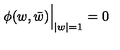
\phi ( w , \bar { w } ) \Bigr | _ { | w | = 1 } = 0